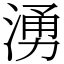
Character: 湧